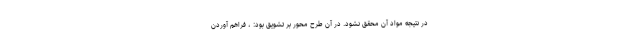
در نتیجه مواد آن محقق نشود. در آن طرح محور بر تشویق بود: ، فراهم آوردن